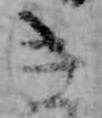
き